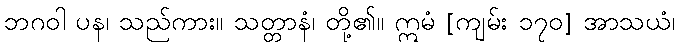
ဘဂဝါ ပန၊ သည်ကား။ သတ္တာနံ၊ တို့၏။ ဣမံ [ကျမ်း ၁၇၀] အာသယံ၊